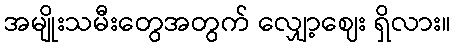
အမျိုးသမီးတွေအတွက် လျှော့ဈေး ရှိလား။